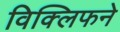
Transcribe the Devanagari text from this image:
विक्लिफने